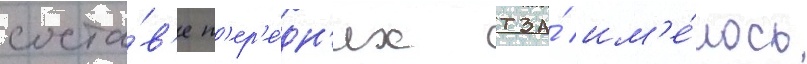
соста́в'е п'ер'е́дн'их тза́ им'е́лось